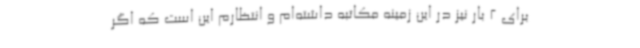
برای 2 بار نیز در این زمینه مکاتبه داشته‌ام و انتظارم این است که اگر